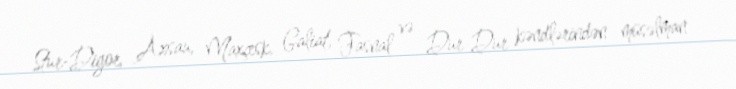
Stur-Digor, Axsau, Maxçesk, Galiat, Fasnal və Dur-Dur kəndlərindən müsəlman